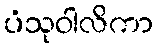
ပံသုဝါလိကာ